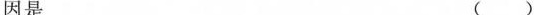
因是 （）